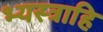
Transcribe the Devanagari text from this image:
भ्यस्त्राहि